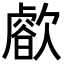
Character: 𣤝